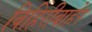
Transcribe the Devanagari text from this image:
विहिरीबाहेर